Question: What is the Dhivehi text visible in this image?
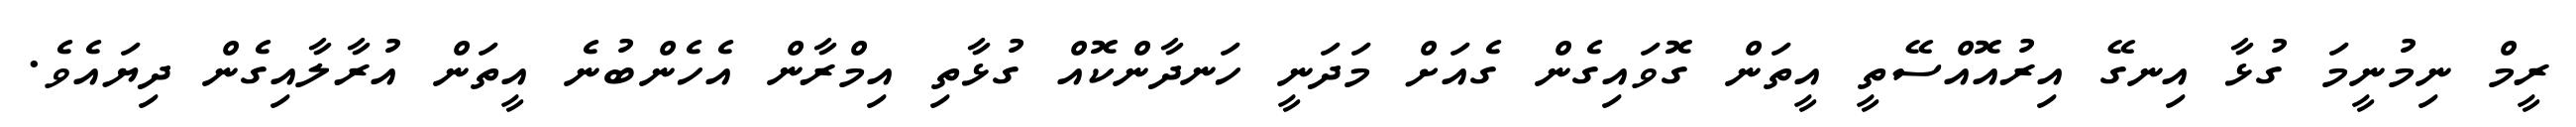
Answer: ރީމް ނިމުނީމަ ގުޅާ އިނގޭ އިރުއޮއްސޭތީ އީތަން ގޮވައިގެން ގެއަށް މަދަނީ ހަނދާންކޮއް ގުޅާތި އިމްރާން އެހެންބުނެ އީތަން އުރާލާއިގެން ދިޔައެވެ.